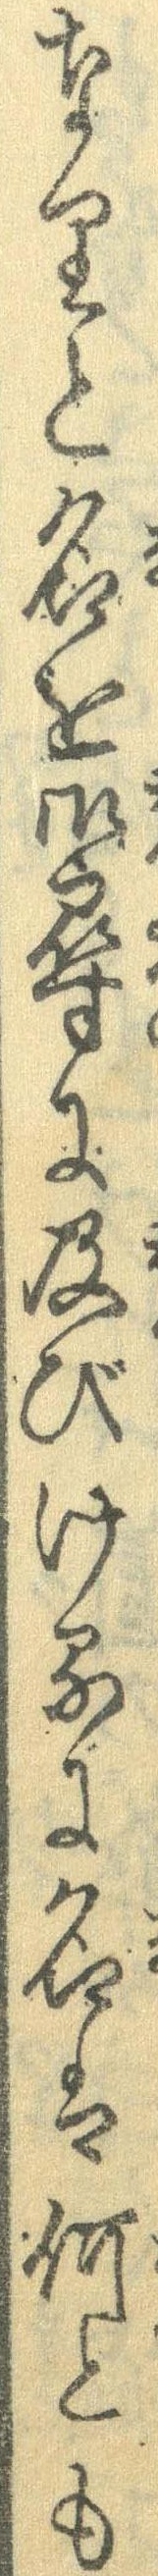
なりと名を御尋に及びけるに名は何とも